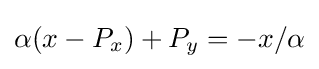
\alpha (x-P_{x})+P_{y}=-x/\alpha